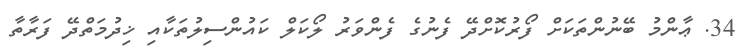
34. ޢާންމު ބޭނުންތަކަށް ފޯރުކޮށްދޭ ފެނުގެ ފެންވަރު ލޯކަލް ކައުންސިލުތަކާއި ޚިދުމަތްދޭ ފަރާތާ